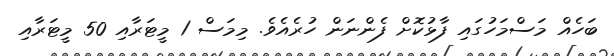
ބަހެއް މަސްމަހުގައި ފާޅުކޮށް ފެންނަން ހުރެއެވެ. މިމަސް 1 މީޓަރާއި 50 މީޓަރާއި